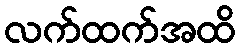
လက်ထက်အထိ